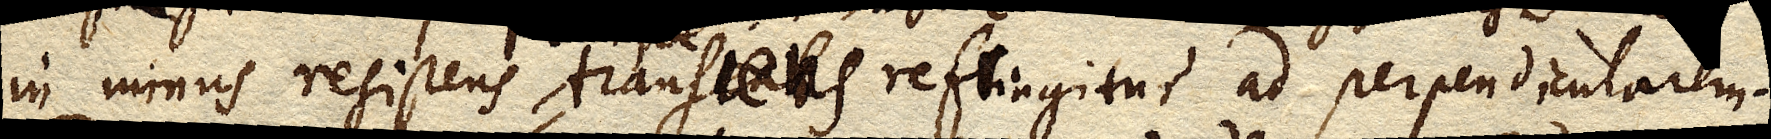
in minus resistens transeat refringitur ad perpendicularem.